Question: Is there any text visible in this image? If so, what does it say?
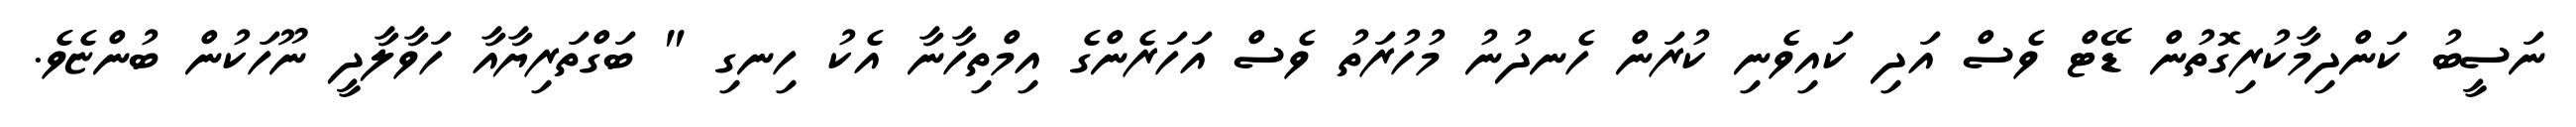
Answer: ނަސީބު ކަންދިމާކުރިގޮތުން ޑޭޓް ވެސް އަދި ކައިވެނި ކުރަން ހެނދުނު މުހުރަތު ވެސް އަހަރެންގެ އިމްތިހާނާ އެކު ހިނގި " ބަގްތަރިޔާއާ ހަވާލާދީ ނޫހަކުން ބުންޏެވެ.